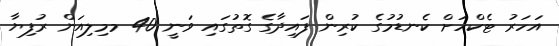
އަހަރު ޓެކްހަށް ކެނޑުމުގެ ކުރިން ފައިދާގެ ގޮތުގައި ވަނީ 40 މމިލިއަން ރުފިޔާ